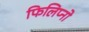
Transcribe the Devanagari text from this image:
फिलिप्नो